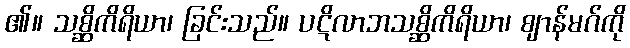
၏။ သစ္ဆိကိရိယာ၊ ခြင်းသည်။ ပဋိလာဘသစ္ဆိကိရိယာ၊ ဈာန်မဂ်ကို